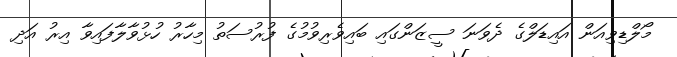
މޯލްޑިވިއަން އައިޑަލްގެ ދެވަނަ ސީޒަންގައި ބައިވެރިވުމުގެ ފުރުސަތު މިހާރު ހުޅުވާލާފައިވާ އިރު އަދި